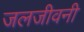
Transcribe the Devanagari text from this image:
जलजीवनी